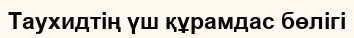
Таухидтің үш құрамдас бөлігі